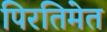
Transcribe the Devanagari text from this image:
पिरतिमेत